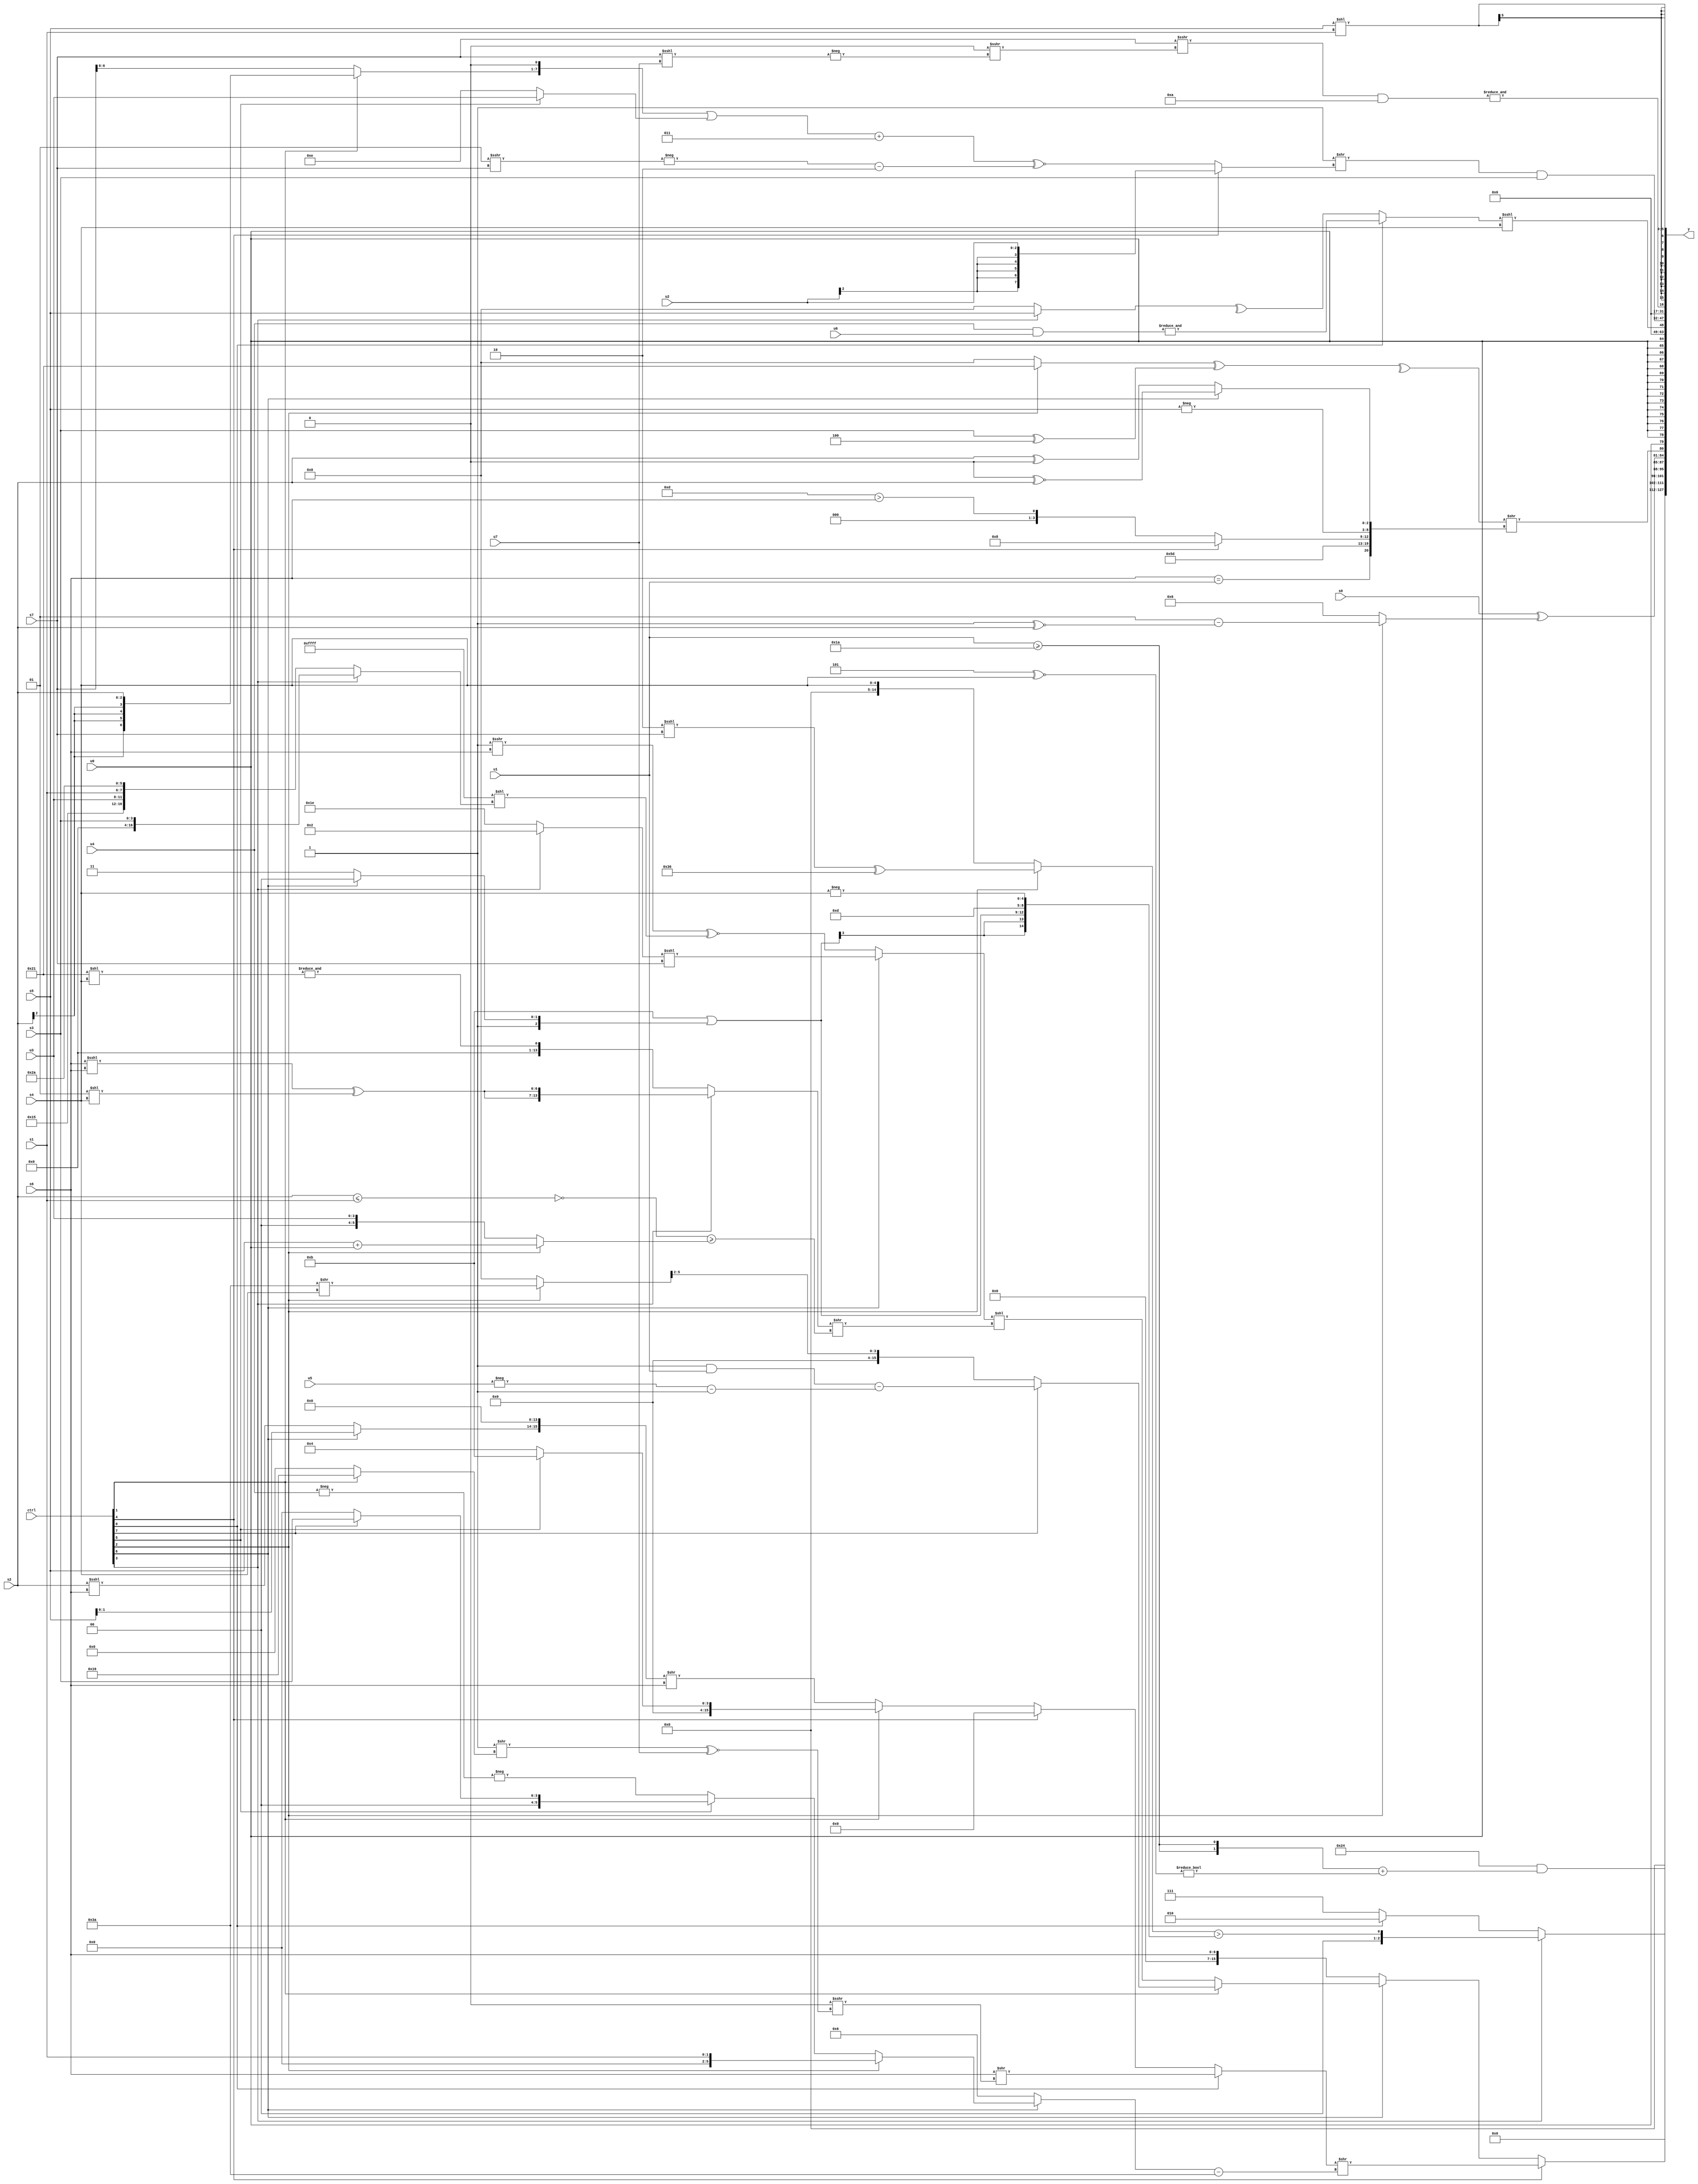
module wideexpr_00101(ctrl, u0, u1, u2, u3, u4, u5, u6, u7, s0, s1, s2, s3, s4, s5, s6, s7, y);
  input [7:0] ctrl;
  input [0:0] u0;
  input [1:0] u1;
  input [2:0] u2;
  input [3:0] u3;
  input [4:0] u4;
  input [5:0] u5;
  input [6:0] u6;
  input [7:0] u7;
  input signed [0:0] s0;
  input signed [1:0] s1;
  input signed [2:0] s2;
  input signed [3:0] s3;
  input signed [4:0] s4;
  input signed [5:0] s5;
  input signed [6:0] s6;
  input signed [7:0] s7;
  output [127:0] y;
  wire [15:0] y0;
  wire [15:0] y1;
  wire [15:0] y2;
  wire [15:0] y3;
  wire [15:0] y4;
  wire [15:0] y5;
  wire [15:0] y6;
  wire [15:0] y7;
  assign y = {y0,y1,y2,y3,y4,y5,y6,y7};
  assign y0 = (ctrl[4]?((ctrl[0]?($signed(s6))>>((1'sb0)>>>((($signed({1'sb1}))>>((ctrl[1]?-(6'b101010):(4'sb0110)<<(6'b100101))))^~(u7))):(ctrl[4]?1'sb0:(ctrl[1]?(ctrl[5]?4'sb1011:4'sb0100):(((ctrl[6]?s5:(s2)<<<(s6)))<<(4'b1110))>>(s6)))))>>(((ctrl[6]?((ctrl[2]?(ctrl[6]?s1:($signed(4'sb0100))|(6'sb001100)):(ctrl[5]?(ctrl[7]?s3:2'sb00):-(-(u4)))))<<(3'b000):$signed(3'sb110)))-(6'sb111010)):(ctrl[6]?(ctrl[1]?(ctrl[6]?(ctrl[7]?((3'sb001)&($signed(+(u1))))-((-(u5))-($signed((2'sb01)|(2'sb01)))):($signed((ctrl[2]?(6'sb111010)>>(s4):~^(2'sb10))))>>(5'b00010)):((ctrl[0]?3'sb101:(ctrl[5]?(ctrl[7]?$signed(3'sb011):$signed(s3)):s7)))>>(-(s7))):((ctrl[6]?((ctrl[3]?2'sb10:6'sb011110))<<<(s7):((3'sb001)>>>(s6))^~((-(~&(4'b1110)))<<((ctrl[3]?$signed(s3):{5'sb10101,u3,s1,6'sb101010})))))<<(((ctrl[3]?{2{((s6)<<<(s6))^((3'sb001)<<(s4))}}:&((6'sb100001)<<(s4))))>>({1{(((5'b10010)>=(2'b01))^((s2)<=(s1)))>=((ctrl[2]?(s5)+(u0):u3))}}))):s6));
  assign y1 = ({1{6'sb100100}})&(({2{$unsigned((u1)>=(5'b11010))}})+(((+(3'b101))^~($signed(s4)))!=((-(2'sb00))&(s0))));
  assign y2 = {(ctrl[3]?((ctrl[2]?((4'b0010)<<<(s7))^($unsigned(6'b110110)):s4))>({($signed(6'sb111011))|((ctrl[6]?5'sb11100:3'sb111)),4'sb1101,-($unsigned(s4))}):$signed($signed((ctrl[0]?3'sb010:$signed(1'sb1))))),$signed((s0)^((ctrl[2]?(-(4'sb1111))-((2'sb11)^~(s2)):$signed((4'sb0110)>>>(5'sb00000))))),(-(^(((ctrl[2]?6'sb100001:1'sb0))^((s3)^(3'sb100)))))>>({+((s6)==(u1)),2'sb10,{5'b11101,(ctrl[4]?(1'sb1)^~(4'b0110):(5'sb01101)>(s6)),-(s5),(ctrl[6]?(1'sb0)^~(s2):(s2)^(1'sb0))}})};
  assign y3 = $signed(+($signed(u0)));
  assign y4 = {((ctrl[0]?&((u4)&((u6)>>>(1'sb0))):^(+((ctrl[3]?s5:1'sb0)))))<<<(s4)};
  assign y5 = (($signed($signed(-(2'sb01))))>>((ctrl[4]?+($signed(u2)):(((((ctrl[1]?s2:s7))<<<(1'sb1))|($signed((ctrl[5]?u3:4'b1110))))+(3'sb011))^~((-((+(3'sb001))>>>(s7)))-(2'sb10)))))&(s3);
  assign y6 = &(((s7)>>>((1'sb0)>>>(-((s7)<<<(u7)))))&(4'sb1010));
  assign y7 = $signed((s5)<<(s1));
endmodule